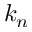
k _ { n }